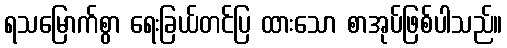
ရသမြောက်စွာ ရေးခြယ်တင်ပြ ထားသော စာအုပ်ဖြစ်ပါသည်။